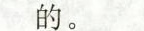
的。